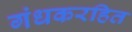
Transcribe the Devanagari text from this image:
गंधकरहित